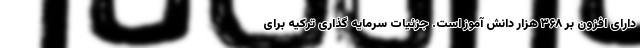
دارای افزون بر ۳۶۸ هزار دانش آموز است. جزئیات سرمایه گذاری ترکیه برای